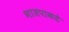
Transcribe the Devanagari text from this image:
भाजपाकडे